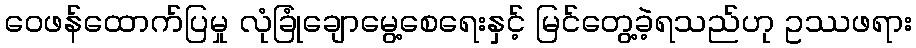
ဝေဖန်ထောက်ပြမှု လုံခြုံချောမွေ့စေရေးနှင့် မြင်တွေ့ခဲ့ရသည်ဟု ဥဿဖရား